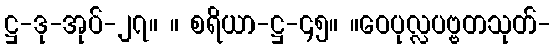
ဋ္ဌ-ဒု-အုပ်-၂၇။ ။ စရိယာ-ဋ္ဌ-၄၅။ ။ဝေပုလ္လပဗ္ဗတသုတ်-